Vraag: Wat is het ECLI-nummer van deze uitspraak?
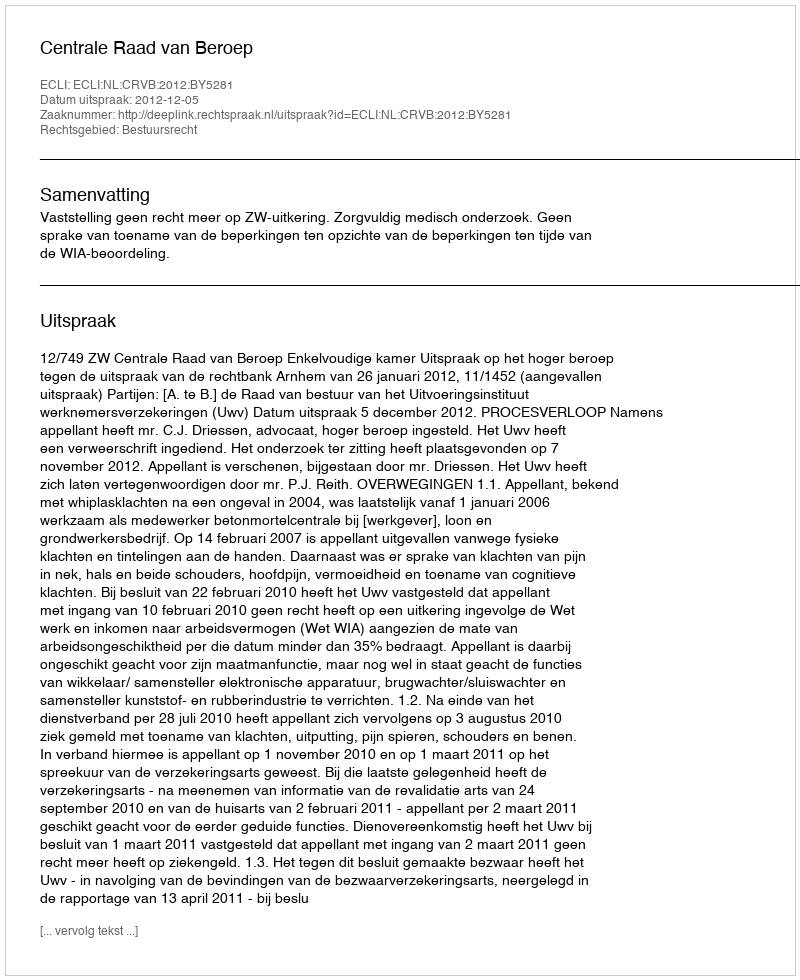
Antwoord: ECLI:NL:CRVB:2012:BY5281